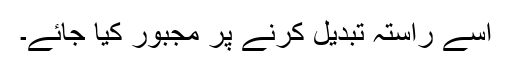
اسے راستہ تبدیل کرنے پر مجبور کیا جائے۔